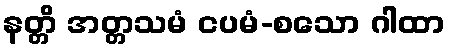
နတ္တိ အတ္တသမံ ငပမံ-စသော ဂါထာ